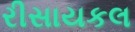
રીસાયકલ